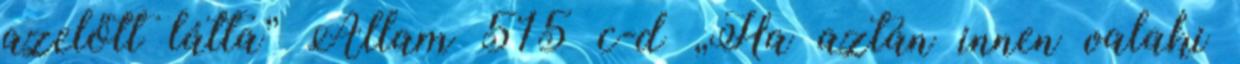
azelőtt látta” Állam 515 c-d „Ha aztán innen valaki